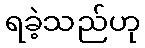
ရခဲ့သည်ဟု